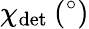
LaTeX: \chi_{\mathrm{det}}\: (^{\circ})